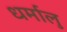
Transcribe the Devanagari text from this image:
धर्मालु